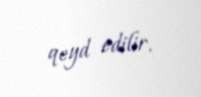
qeyd edilir.